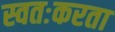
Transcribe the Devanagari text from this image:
स्वतःकरता